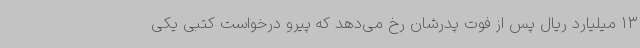
13 میلیارد ریال پس از فوت پدرشان رخ می‌دهد که پیرو درخواست کتبی یکی